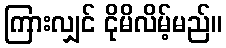
ကြားလျှင် ငိုမိလိမ့်မည်။